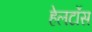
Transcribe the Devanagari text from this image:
हेलटॉस